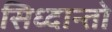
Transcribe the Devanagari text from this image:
सिध्दान्तो